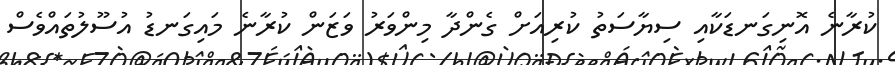
ކުރާނެ އޮނިގަނޑަކާއި ސިޔާސަތު ކުރިއަށް ގެންދާ މިންވަރު ވަޒަން ކުރާނެ މައިގަނޑު އުސޫލުތައްވެސް